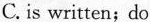
C. is written;do